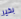
بخير